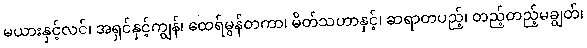
မယားနှင့်လင်၊ အရှင်နှင့်ကျွန်၊ ထေရ်မွန်တကာ၊ မိတ်သဟာနှင့်၊ ဆရာတပည့်၊ တည့်တည့်မချွတ်၊